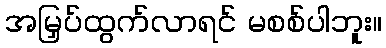
အမြှပ်ထွက်လာရင် မစစ်ပါဘူး။